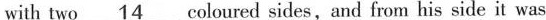
with two \underline{14} coloured sides,and from his side it was